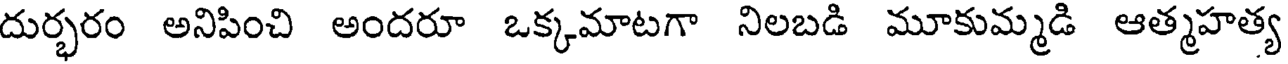
దుర్భరం అనిపించి అందరూ ఒక్కమాటగా నిలబడి మూకుమ్మడి ఆత్మహత్య